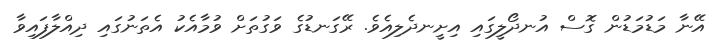
އޭނާ މަޑުމަޑުން ގޮސް އުނދޯލީގައި އިށީނދެލިއެވެ. ރޭގަނޑުގެ ވަގުތަށް ވުމާއެކު އެތަނުގައި ދިއްލާފައިވާ